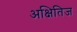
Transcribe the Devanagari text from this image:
अक्षितिज